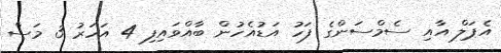
އެޕަލް އާއި ސެމްސަންގެ ފަހު އަޑުއެހުން ބާއްވައިފި 4 އަހަރު 3 މަސް